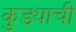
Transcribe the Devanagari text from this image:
कुड्याची